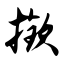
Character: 揿